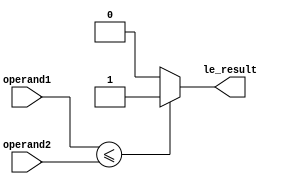
module less_than_or_equal_comparator (
    input [7:0] operand1,
    input [7:0] operand2,
    output le_result
);

reg le_result;

always @* begin
    if (operand1 <= operand2) begin
        le_result = 1;
    end
    else begin
        le_result = 0;
    end
end

endmodule